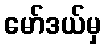
မော်ဒယ်မှ